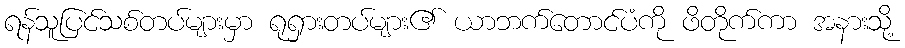
ရန်သူပြင်သစ်တပ်များမှာ ရုရှားတပ်များ၏ ယာဘက်တောင်ပံကို ဖိတိုက်ကာ အနားသို့